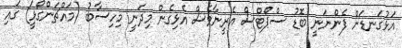
އަޅުގަނޑަށް ފެންނަނީ ބޮޑު ސްޕޯޓްސް އެރީނާވެސް އެޅިގެން މިދަނީ މިހިސާބު (މައްޗަންގޯޅީ) ގައި